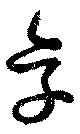
享